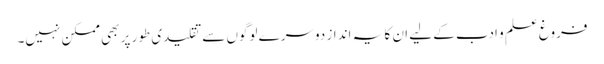
فروغ علم و ادب کے لیے ان کا یہ انداز دوسرے لوگوں سے تقلیدی طور پر بھی ممکن نہیں۔